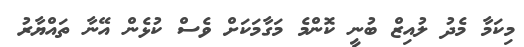
މިކަމާ މެދު ލުއިޒް ބުނީ ކޮންމެ މަގާމަކަށް ވެސް ކުޅެން އޭނާ ތައްޔާރު